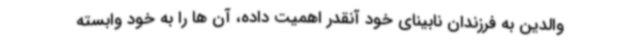
والدین به فرزندان نابینای خود آنقدر اهمیت داده، آن ها را به خود وابسته